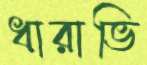
ধারাভি